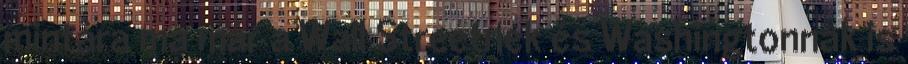
mintára ma már a Wall Streetnek és Washingtonnak is